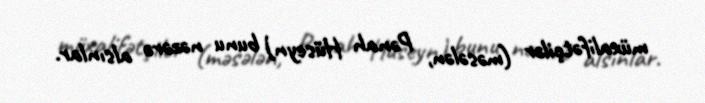
müxalifətçilər (məsələn, Pənah Hüseyn) bunu nəzərə alsınlar.